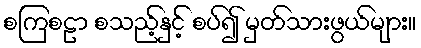
စကြစဠာ စသည့်နှင့် စပ်၍ မှတ်သားဖွယ်များ။